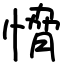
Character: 愶